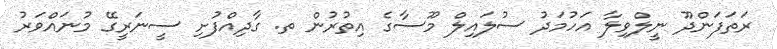
ރަތަފަންދޫ ނީލްވިލާ އަހުމަދު ސުލައިލް މޫސާގެ އިތުރުން ތ. ގާދިއްފުށި ސީނަރީގޭ މުނައްވަރު